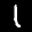
Label: 1